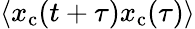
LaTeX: \langle x_{\mathrm{c}}(t+\tau)x_{\mathrm{c}}(\tau)\rangle